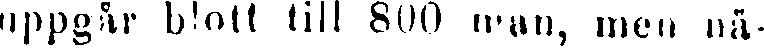
uppgår blott till 800 wan, men nä-